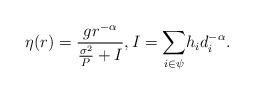
LaTeX: \begin{align*} \eta(r)=\frac{gr^{-\alpha}}{\frac{\sigma^2}{P} + I}, I=\underset{i \in \psi}\sum h_i d_i^{-\alpha}. \end{align*}